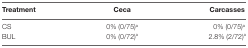
<table><thead><tr><td><b>Treatment</b></td><td><b>Ceca</b></td><td><b>Carcasses</b></td></tr></thead><tbody><tr><td>CS</td><td>0% (0/75)<sup>a</sup></td><td>0% (0/75)<sup>a</sup></td></tr><tr><td>BUL</td><td>0% (0/72)<sup>a</sup></td><td>2.8% (2/72)<sup>a</sup></td></tr></tbody></table>